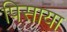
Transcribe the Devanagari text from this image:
पिसाया